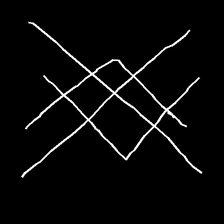
Glyph: crystal